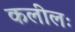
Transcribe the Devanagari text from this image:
कलीलः